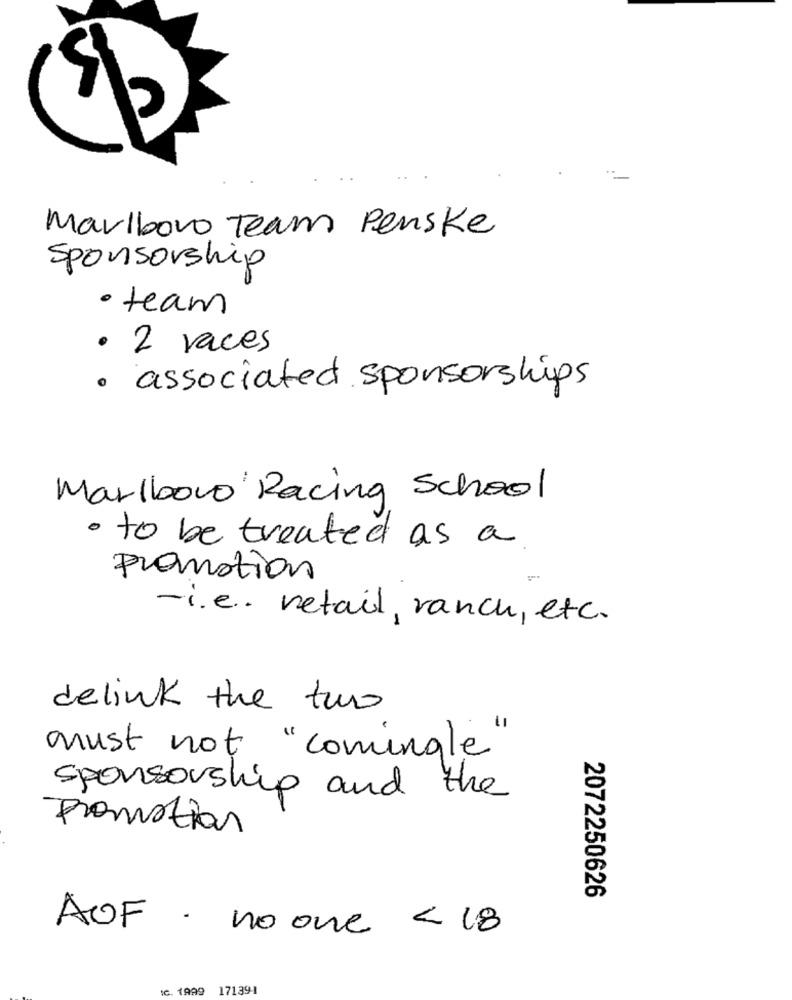
Marlboro Team Penske
Sponsorship
· team
· 2 races
· associated sponsorships
Marlboro Racing School
· to be treated as a
Promotion
-i.e. retail, ranch, etc.
delink the two
must not "comingle"
sponsorship and the
Framistrar
2072250626
AUF . no one < 18
IC. 1999
171394